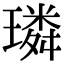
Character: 璘